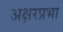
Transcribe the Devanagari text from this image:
अक्षरप्रभा